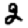
Digit: 2